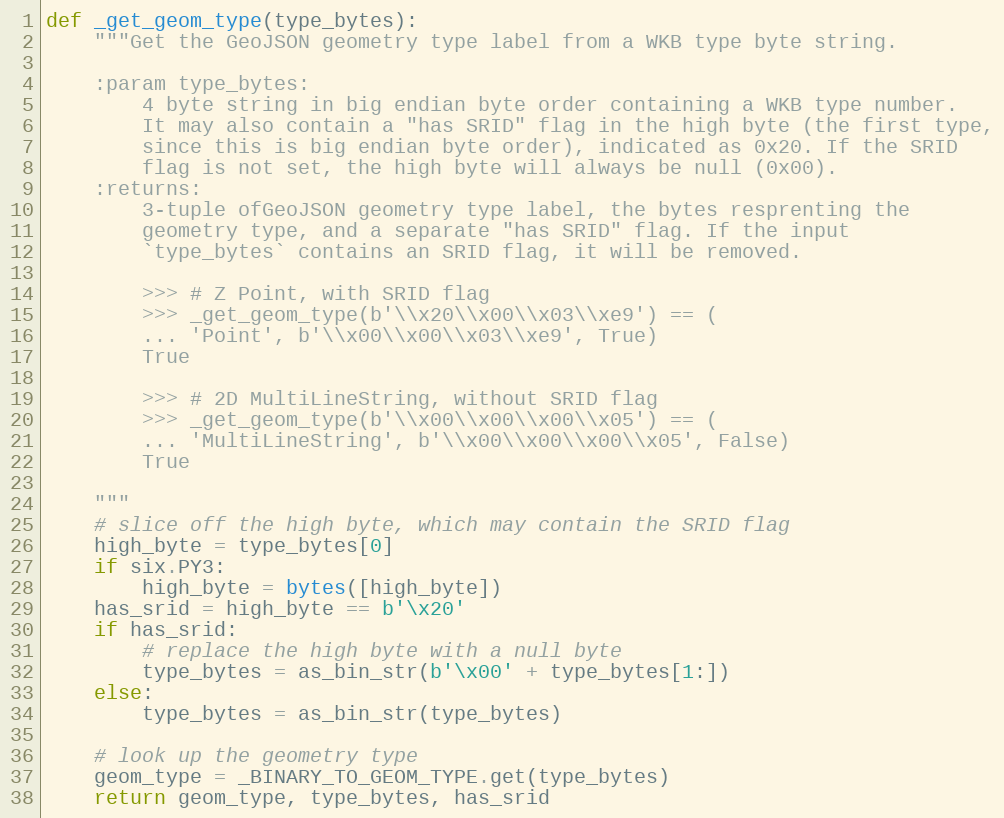
Language: Python
def _get_geom_type(type_bytes):
    """Get the GeoJSON geometry type label from a WKB type byte string.

    :param type_bytes:
        4 byte string in big endian byte order containing a WKB type number.
        It may also contain a "has SRID" flag in the high byte (the first type,
        since this is big endian byte order), indicated as 0x20. If the SRID
        flag is not set, the high byte will always be null (0x00).
    :returns:
        3-tuple ofGeoJSON geometry type label, the bytes resprenting the
        geometry type, and a separate "has SRID" flag. If the input
        `type_bytes` contains an SRID flag, it will be removed.

        >>> # Z Point, with SRID flag
        >>> _get_geom_type(b'\\x20\\x00\\x03\\xe9') == (
        ... 'Point', b'\\x00\\x00\\x03\\xe9', True)
        True

        >>> # 2D MultiLineString, without SRID flag
        >>> _get_geom_type(b'\\x00\\x00\\x00\\x05') == (
        ... 'MultiLineString', b'\\x00\\x00\\x00\\x05', False)
        True

    """
    # slice off the high byte, which may contain the SRID flag
    high_byte = type_bytes[0]
    if six.PY3:
        high_byte = bytes([high_byte])
    has_srid = high_byte == b'\x20'
    if has_srid:
        # replace the high byte with a null byte
        type_bytes = as_bin_str(b'\x00' + type_bytes[1:])
    else:
        type_bytes = as_bin_str(type_bytes)

    # look up the geometry type
    geom_type = _BINARY_TO_GEOM_TYPE.get(type_bytes)
    return geom_type, type_bytes, has_srid